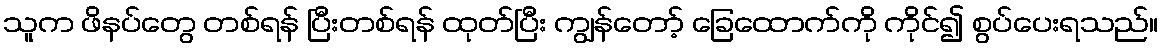
သူက ဖိနပ်တွေ တစ်ရန် ပြီးတစ်ရန် ထုတ်ပြီး ကျွန်တော့် ခြေထောက်ကို ကိုင်၍ စွပ်ပေးရသည်။